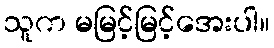
သူက မမြင့်မြင့်အေးပါ။